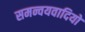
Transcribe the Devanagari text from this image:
समन्वयवादियों